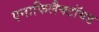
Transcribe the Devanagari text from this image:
एनाफिलैक्टॉयड